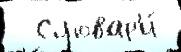
  Словар'и́